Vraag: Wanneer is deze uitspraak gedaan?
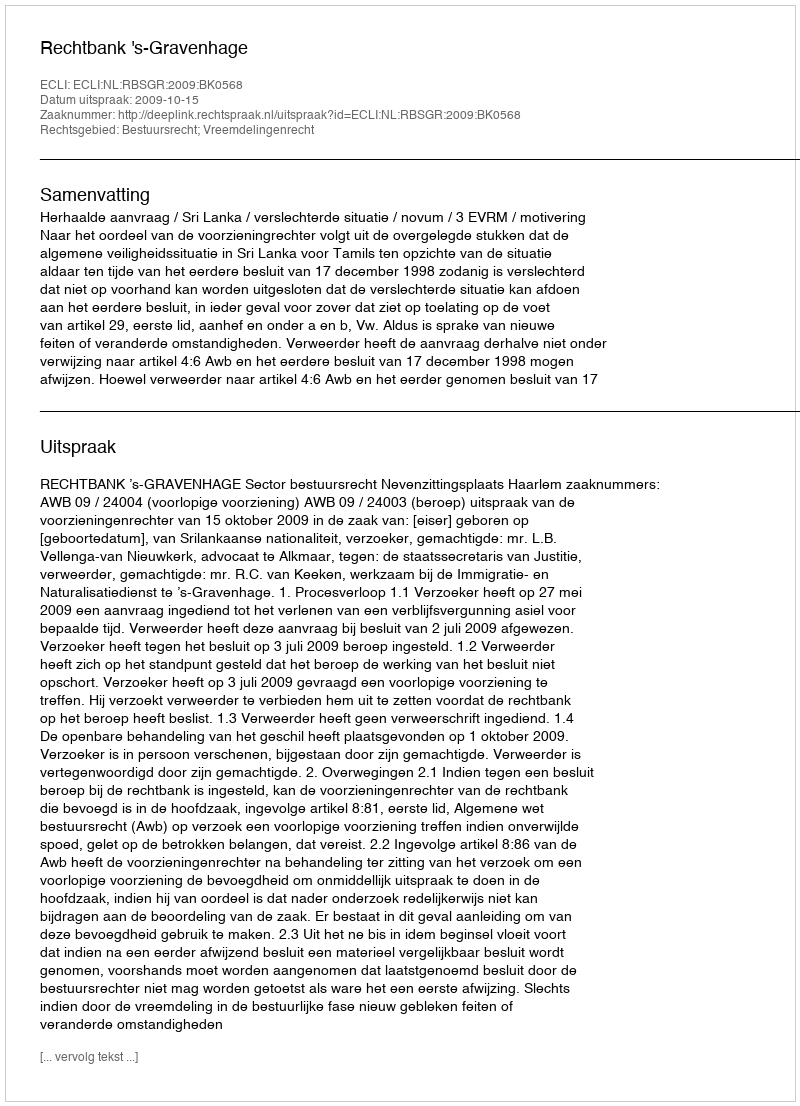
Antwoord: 2009-10-15